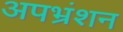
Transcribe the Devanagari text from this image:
अपभ्रंशन